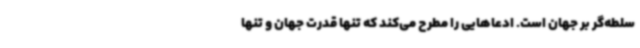
سلطه‌گر بر جهان است. ادعاهایی را مطرح می‌کند که تنها قدرت جهان و تنها